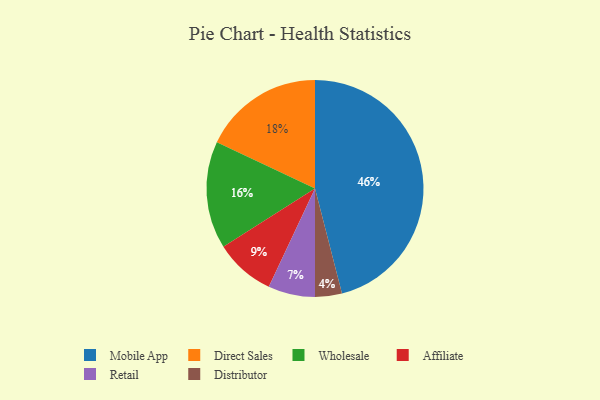
{"axis": {"x": "Category", "y": "Percentage"}, "legend": ["Affiliate", "Direct Sales", "Distributor", "Mobile App", "Retail", "Wholesale"], "data": [{"x": "Wholesale", "y": 16, "type": "Wholesale"}, {"x": "Direct Sales", "y": 18, "type": "Direct Sales"}, {"x": "Mobile App", "y": 46, "type": "Mobile App"}, {"x": "Distributor", "y": 4, "type": "Distributor"}, {"x": "Retail", "y": 7, "type": "Retail"}, {"x": "Affiliate", "y": 9, "type": "Affiliate"}]}